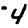
Digit: 4